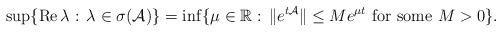
LaTeX: \begin{align*}\sup\{\hbox{Re}\,\lambda:\,\lambda\in \sigma({\cal A})\} = \inf\{\mu\in {\mathbb R}:\,\|e^{t{\cal A}}\|\le Me^{\mu t}\,\,\hbox{for some}\,\, M>0\}.\end{align*}